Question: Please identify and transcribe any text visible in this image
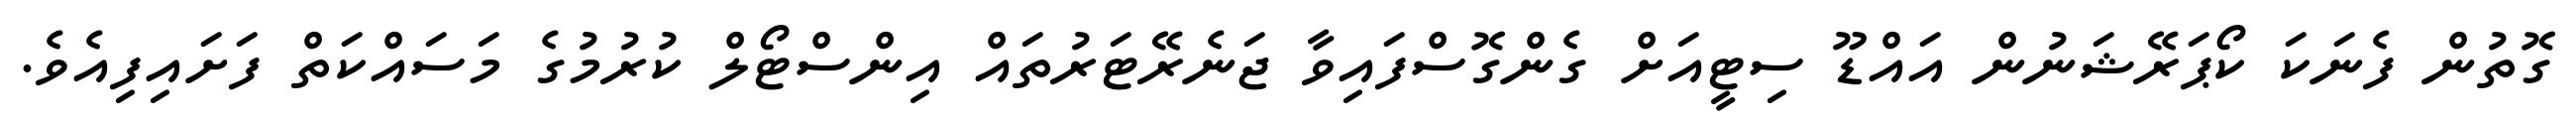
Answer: ގޮތުން ފެނަކަ ކޯޕަރޭޝަނުން އައްޑޫ ސިޓީއަށް ގެންގޮސްފައިވާ ޖަނެރޭޓަރުތައް އިންސްޓޯލް ކުރުމުގެ މަސައްކަތް ފަށައިފިއެވެ.